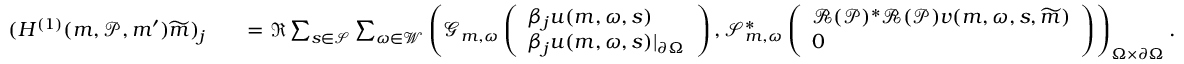
\begin{array} { r l } { ( H ^ { ( 1 ) } ( \boldsymbol { m } , \mathcal { P } , \boldsymbol { m } ^ { \prime } ) \widetilde { \boldsymbol { m } } ) _ { j } } & { \quad = \Re \sum _ { s \in \mathcal { S } } \sum _ { \omega \in \mathcal { W } } \left( \mathcal { G } _ { \boldsymbol { m } , \omega } \left( \begin{array} { l } { \beta _ { j } u ( \boldsymbol { m } , \omega , s ) } \\ { \beta _ { j } u ( \boldsymbol { m } , \omega , s ) \vert _ { \partial \Omega } } \end{array} \right) , \mathscr { S } _ { \boldsymbol { m } , \omega } ^ { * } \left( \begin{array} { l } { { \mathcal R } ( \mathcal { P } ) ^ { * } { \mathcal R } ( \mathcal { P } ) v ( \boldsymbol { m } , \omega , s , \widetilde { \boldsymbol { m } } ) } \\ { 0 } \end{array} \right) \right) _ { \Omega \times \partial \Omega } . } \end{array}